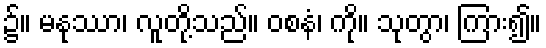
၌။ မနုဿာ၊ လူတို့သည်။ ဝစနံ၊ ကို။ သုတွာ၊ ကြား၍။